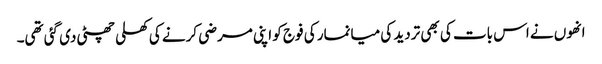
انھوں نے اس بات کی بھی تردید کی میانمار کی فوج کو اپنی مرضی کرنے کی کھلی چھٹی دی گئی تھی۔